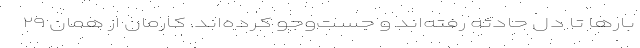
بارها تا دل حادثه رفته‌اند و جست‌وجو کرده‌اند. کارمان از همان ٢٩